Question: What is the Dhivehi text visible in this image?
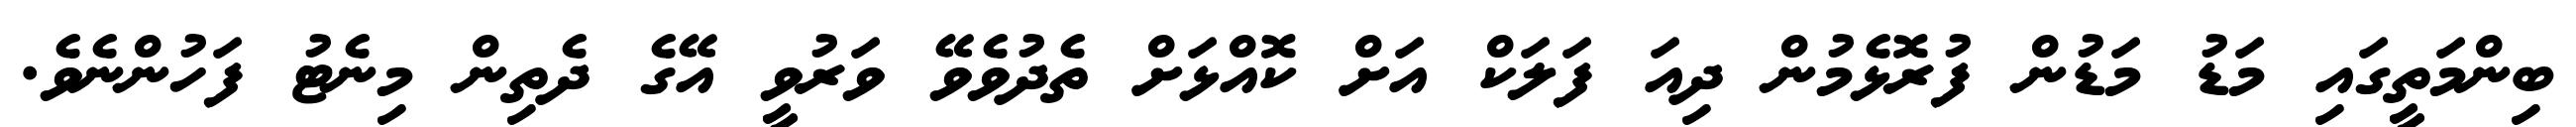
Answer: ބިންމަތީގައި މަޑު މަޑުން ފުރޮޅެމުން ދިއަ ފަލަކް އަށް ކޮއްޅަށް ތެދުވެވޭ ވަރުވީ އޭގެ ދެތިން މިނެޓު ފަހުންނެވެ.